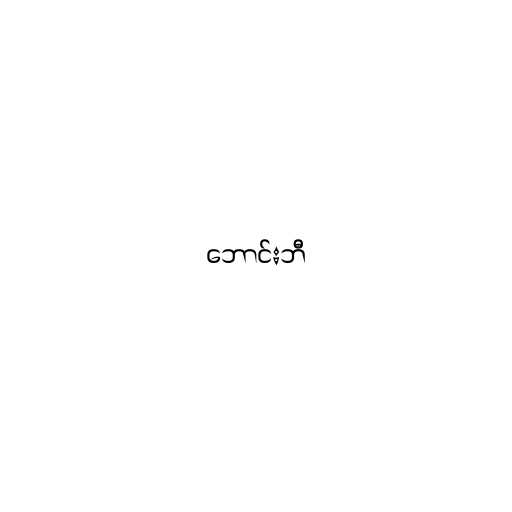
ဘောင်းဘီ